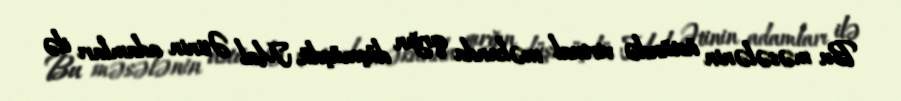
Bu məsələnin üstündə virtual məkanda qırğın düşmüşdü, Mal Ətinin adamları ilə